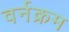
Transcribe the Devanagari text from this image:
वर्नक्रम